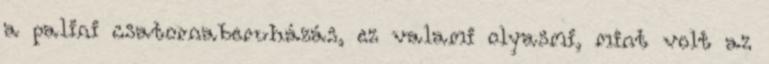
a palini csatornaberuházás, ez valami olyasmi, mint volt az